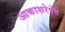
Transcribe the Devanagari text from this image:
आकाशरेषेत